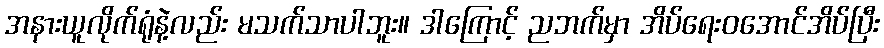
အနားယူလိုက်ရုံနဲ့လည်း မသက်သာပါဘူး။ ဒါကြောင့် ညဘက်မှာ အိပ်ရေးဝအောင်အိပ်ပြီး